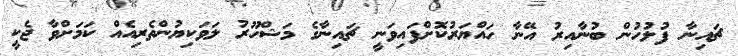
ޗައިނާ ފުލުހުން ބުނާއިރު އޭނާ ހައްޔަރުކޮށްފައިވަނީ ޗައިނާގެ މަޝްހޫރު ލަވަކިޔުންތެރިއެއް ކަމަށްވާ ޖެކީ